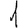
Digit: 1